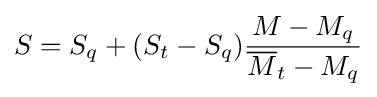
S=S_{q}+(S_{t}-S_{q}){\frac {M-M_{q}}{{\overline {M}}_{t}-M_{q}}}